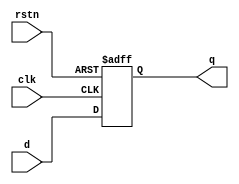
module d_ff (input d,  
              input rstn,  
              input clk,  
              output reg q);  
  
    always @ (posedge clk or negedge rstn)  
       if (!rstn)  
          q <= 0;  
       else  
          q <= d;  
endmodule